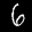
Label: 6